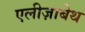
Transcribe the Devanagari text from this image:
एलीज़ाबेथ